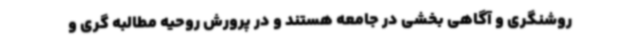
روشنگری و آگاهی بخشی در جامعه هستند و در پرورش روحیه مطالبه گری و